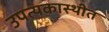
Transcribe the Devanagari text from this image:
उपत्यकास्थीत